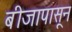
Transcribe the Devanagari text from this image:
बीजापासून